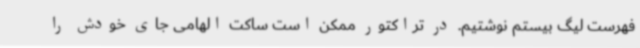
فهرست لیگ بیستم نوشتیم. در تراکتور ممکن است ساکت الهامی جای خودش را